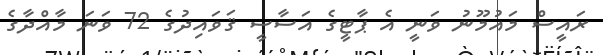
ރައީސް މައުމޫނު ވަނީ އެ ޕާޓީގެ އަސާސީ ޤަވައިދުގެ 72 ވަނަ މާއްދާގެ